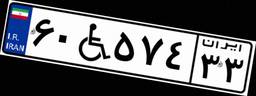
۶۰W۵۷۴۳۳